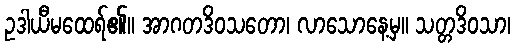
ဥဒါယီမထေရ်၏။ အာဂတဒိဝသတော၊ လာသောနေ့မှ။ သတ္တဒိဝသာ၊